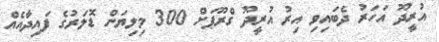
އުރީދޫ އަހަރު ދެބައިވި އިރު އުރީދޫ ގްރޫޕަށް 300 މިލިޔަން ޑޮލަރުގެ ފައިދާއެއް